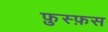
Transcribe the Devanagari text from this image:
फ़ुस्फ़स